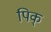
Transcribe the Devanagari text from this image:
पिक्